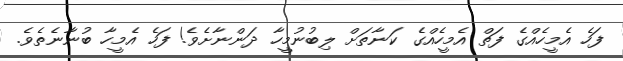
ފަހެ އެމީހެއްގެ ފަތް އެމީހެއްގެ ކަނާތަށް ލިބުނުމީހާ ދަންނާށެވެ! ފަހެ އެމީހާ ބުނާނެތެވެ.